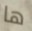
ها